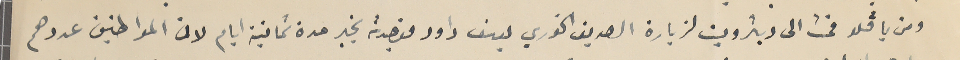
ومن باڤلو الى ديترويت لزيارة الصديق الخوري يوسف داود فوجدته بخير مدة ثمانية ايام لان المواطنين عددهم